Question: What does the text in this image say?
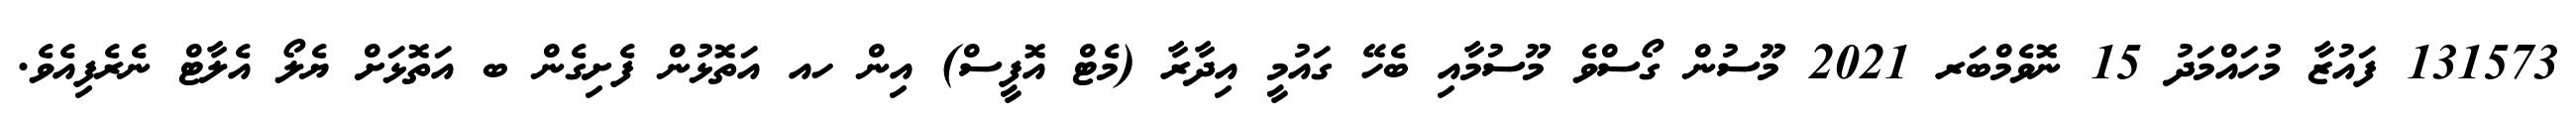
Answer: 131573 ފައުޒާ މުހައްމަދު 15 ނޮވެމްބަރ 2021 މޫސުން ގޯސްވެ މޫސުމާއި ބެހޭ ގައުމީ އިދާރާ (މެޓް އޮފީސް) އިން ހއ އަތޮޅުން ފެށިގެން ބ އަތޮޅަށް ޔެލޯ އެލާޓް ނެރެފިއެވެ.